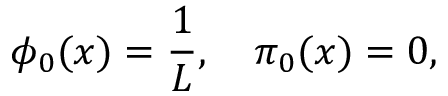
\phi _ { 0 } ( x ) = \displaystyle \frac { 1 } { L } , \quad \pi _ { 0 } ( x ) = 0 ,